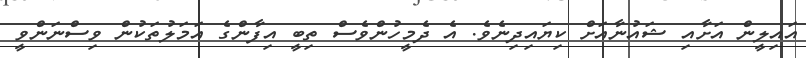
އައިލީން އަށާއި ޝައުނާއަށް ކިޔައިދިނެވެ. އެ ދެމީހުންވެސް ތިބީ އިފާންގެ އަމަލުތަކުން ވިސްނަންވީ